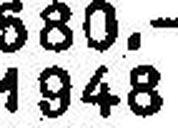
1948